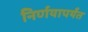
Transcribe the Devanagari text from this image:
निर्णयापर्यंत